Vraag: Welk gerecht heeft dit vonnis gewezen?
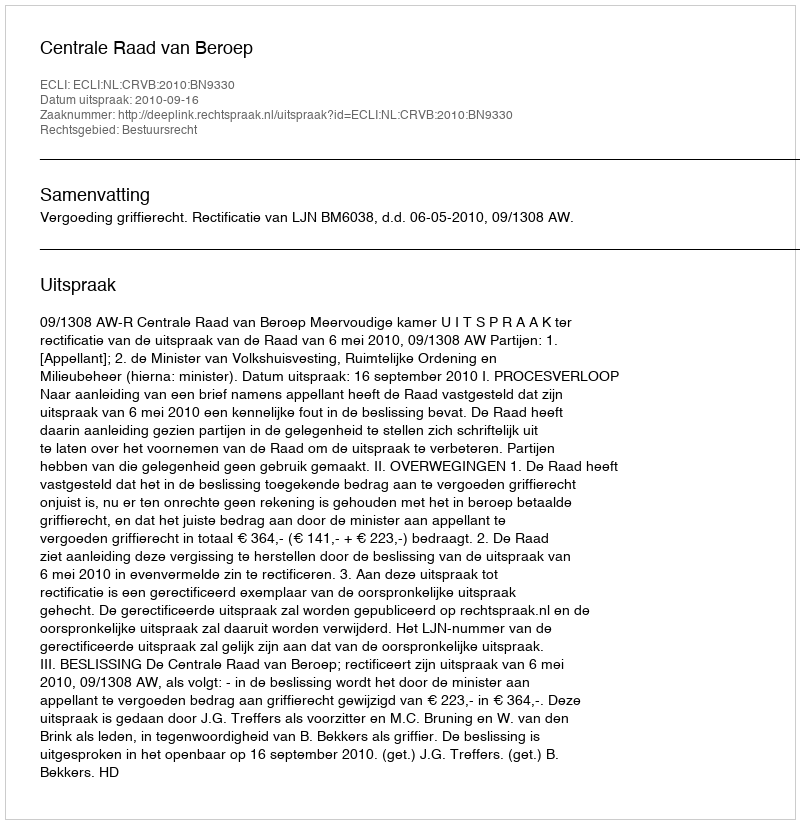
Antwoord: Centrale Raad van Beroep